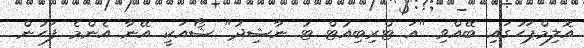
އޮލިމްޕަހުގައި ބޭއްވި "އަ ޓްރިބިއުޓް ޓު ނާޝިދު" ޝޯއަކީ އޭނާ އެންމެ ފަހުން